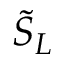
\tilde { S } _ { L }